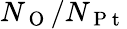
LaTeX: N_{\mathrm{~O~}}/N_{\mathrm{~P~t~}}